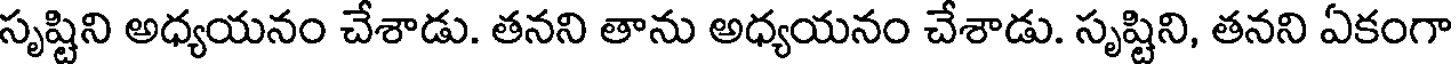
సృష్టిని అధ్యయనం చేశాడు. తనని తాను అధ్యయనం చేశాడు. సృష్టిని, తనని ఏకంగా